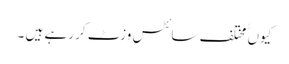
کیوں ًًمختلف سائٹس وزٹ کر رہے ہیں ۔